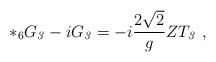
LaTeX: \begin{align*}*_6 G_{\it 3} - i G_{\it 3} = -i\frac{2\sqrt{2}}{g} Z T_{\it3}\ , \end{align*}